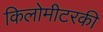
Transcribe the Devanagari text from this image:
किलोमीटरकी